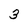
Character: 3